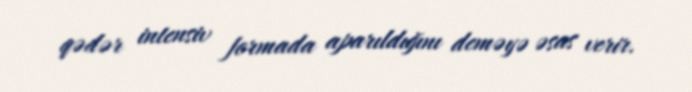
qədər intensiv formada aparıldığını deməyə əsas verir.